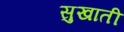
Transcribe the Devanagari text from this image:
सुखाती